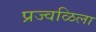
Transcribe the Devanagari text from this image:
प्रज्वळिला